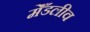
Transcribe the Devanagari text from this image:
मेँडलीव